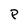
Character: P